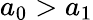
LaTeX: a_{0}>a_{1}